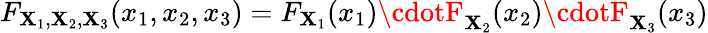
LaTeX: F_{\mathbf{X}_{1},\mathbf{X}_{2},\mathbf{X}_{3}}(x_{1},x_{2},x_{3})=F_{\mathbf{X}_{1}}(x_{1})\cdotF_{\mathbf{X}_{2}}(x_{2})\cdotF_{\mathbf{X}_{3}}(x_{3})